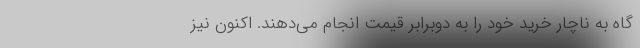
گاه به ناچار خرید خود را به دوبرابر قیمت انجام می‌دهند. اکنون نیز